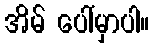
အိမ် ပေါ်မှာပါ။